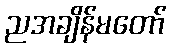
ညအချိန်မတော်